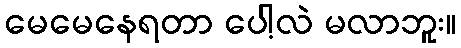
မေမေနေရတာ ပေါ့လဲ မလာဘူး။